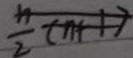
\frac { n } { 2 } ( n + 1 )